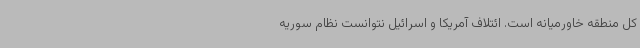
کل منطقه خاورمیانه است. ائتلاف آمریکا و اسرائیل نتوانست نظام سوریه